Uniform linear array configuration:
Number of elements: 32
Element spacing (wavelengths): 0.75
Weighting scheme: cosine
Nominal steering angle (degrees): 15
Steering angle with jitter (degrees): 13.658
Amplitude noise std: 0.05
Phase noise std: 0.05

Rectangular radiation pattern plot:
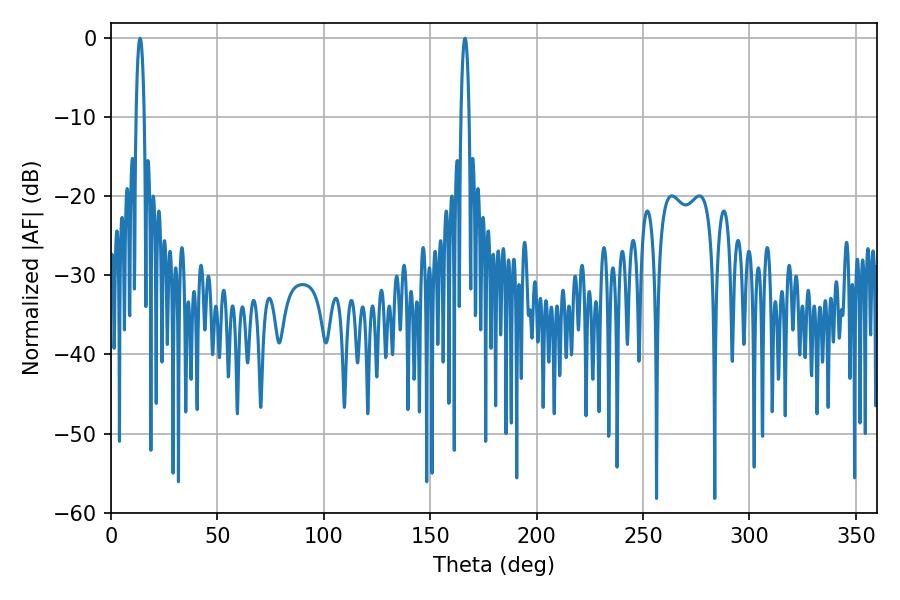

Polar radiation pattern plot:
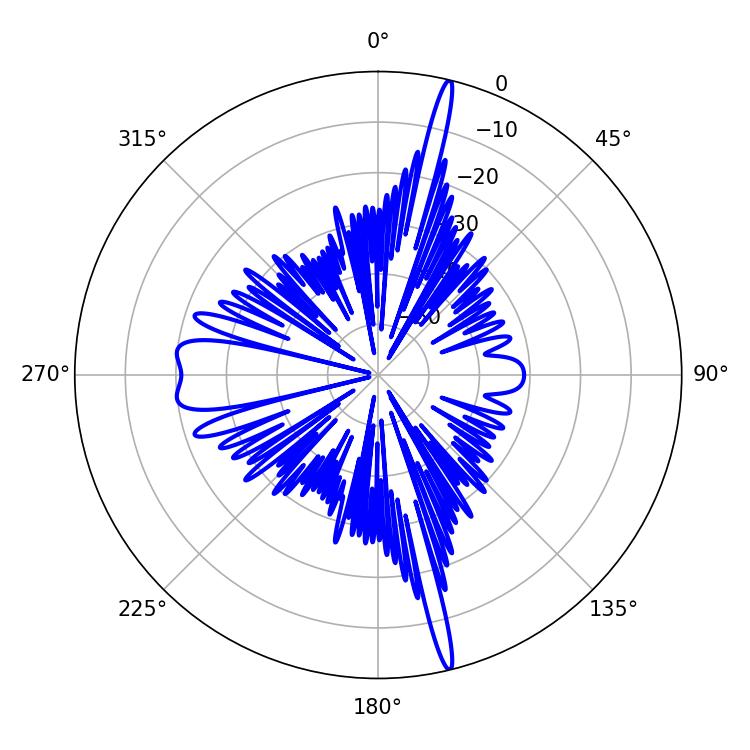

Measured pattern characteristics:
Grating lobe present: TRUE
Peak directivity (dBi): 21.025
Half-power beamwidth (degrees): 2.16
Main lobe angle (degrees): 166.32